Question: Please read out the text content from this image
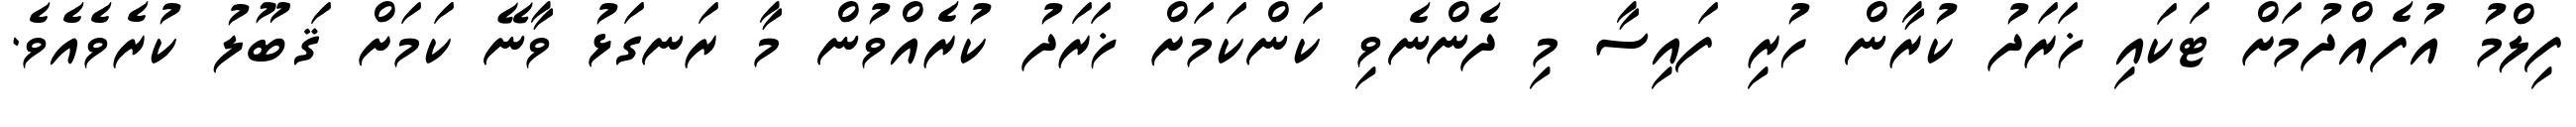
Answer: ފިލްމު އުފެއްދުމަށް ޓަކައި ޚަރަދު ކުރާން ހުރި ފައިސާ މި ދެންނެވި ކަންކަމަށް ޚަރަދު ކުރެއްވުން މާ ރަނގަޅު ވާނޭ ކަމަށް ޤަބޫލު ކުރެވެއެވެ.